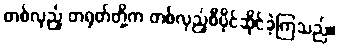
တစ်လှည့် တရုတ်တို့က တစ်လှည့်စီပိုင်ဆိုင်ခဲ့ကြသည်။